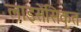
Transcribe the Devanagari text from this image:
लाइसेंसिकृत